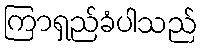
ကြာရှည်ခံပါသည်